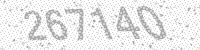
Solution: 267140